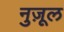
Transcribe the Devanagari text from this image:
नुज़ूल